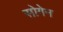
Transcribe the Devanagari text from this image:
सोगेन